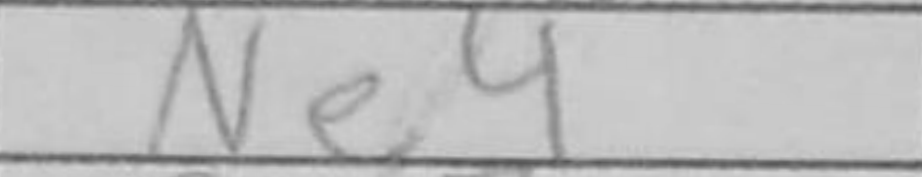
Transcription: Ne4